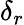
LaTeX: \delta_{r}